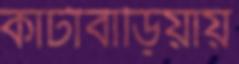
কাঁটাবাড়িয়ায়